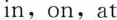
in，on，at